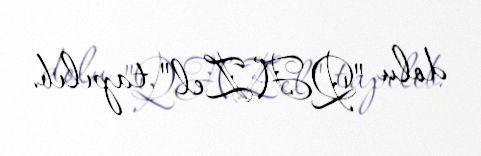
dolu "QAZel" tapılıb.